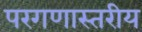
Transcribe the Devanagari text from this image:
परगणास्तरीय